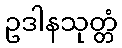
ဥဒါနသုတ္တံ